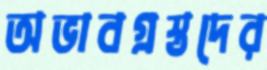
অভাবগ্রস্তদের